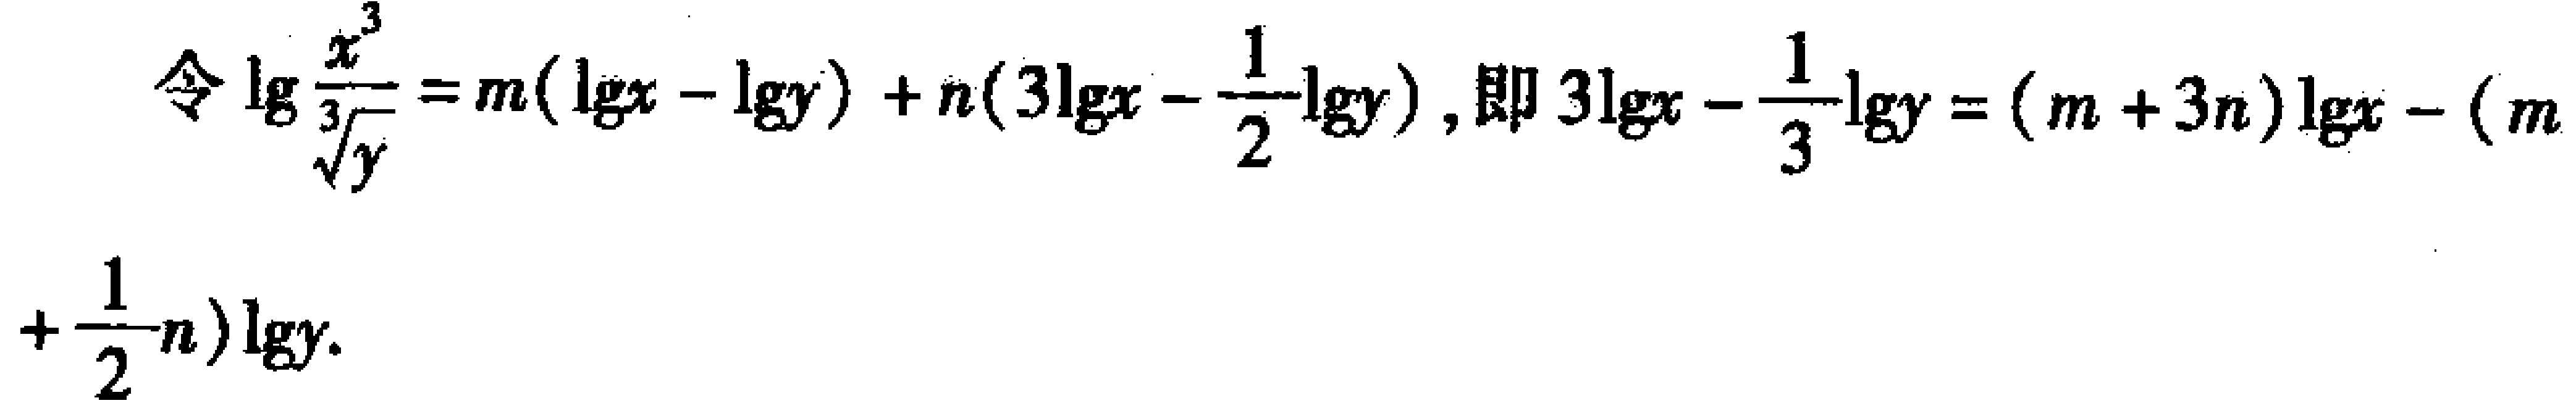
令\(\lg\frac{x^{3}}{\sqrt[3]{y}} = m(\lg x - \lg y)+n(3\lg x-\frac{1}{2}\lg y)\)，即\(3\lg x-\frac{1}{3}\lg y=(m + 3n)\lg x-(m+\frac{1}{2}n)\lg y\)。